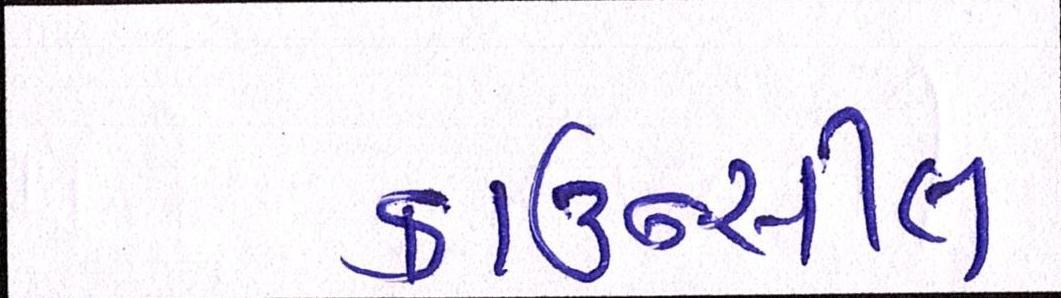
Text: કાઉન્સીલ